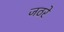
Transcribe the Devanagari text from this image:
जठरे